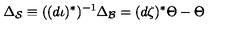
\Delta _ { \mathcal { S } } \equiv ( ( d \iota ) ^ { \ast } ) ^ { - 1 } \Delta _ { \mathcal { B } } = ( d \zeta ) ^ { \ast } \Theta - \Theta